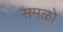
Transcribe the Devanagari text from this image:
समळो